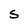
Character: S